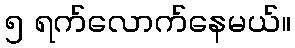
၅ ရက်လောက်နေမယ်။